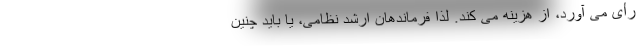
رأی می آورد، از هزینه می کند. لذا فرماندهان ارشد نظامی، یا باید چنین